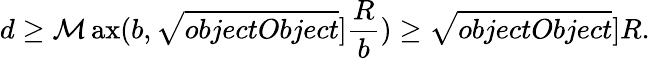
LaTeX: d\geq\operatorname*{\mathcal{M}ax}(b,\sqrt{{{objectObject}}}{]}{\frac{{R}}{{b}}})\geq\sqrt{{{objectObject}}}{]}{R}.